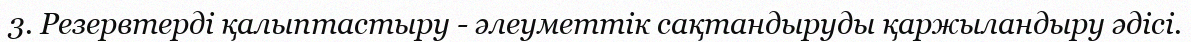
3. Резервтерді қалыптастыру - әлеуметтік сақтандыруды қаржыландыру әдісі.